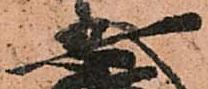
安